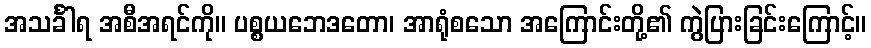
အသင်္ခါရ အစီအရင်ကို။ ပစ္စယဘေဒတော၊ အာရုံစသော အကြောင်းတို့၏ ကွဲပြားခြင်းကြောင့်။